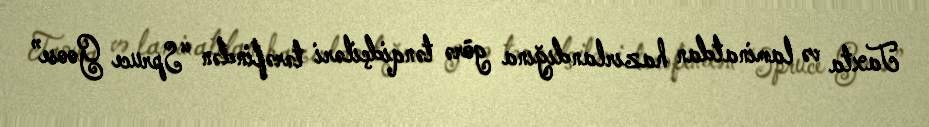
Taxta və laminatdan hazırlandığına görə tənqidçiləri tərəfindən “Spruce Goose”